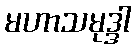
မဟာသမုဒ္ဒါ